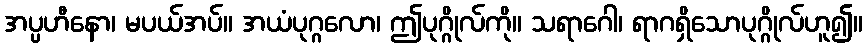
အပ္ပဟီနော၊ မပယ်အပ်။ အယံပုဂ္ဂလော၊ ဤပုဂ္ဂိုလ်ကို။ သရာဂေါ၊ ရာဂရှိသောပုဂ္ဂိုလ်ဟူ၍။